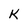
Character: K